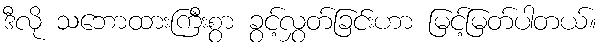
ဒီလို သဘောထားကြီးစွာ ခွင့်လွှတ်ခြင်းဟာ မြင့်မြတ်ပါတယ်။